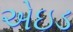
એઇડ